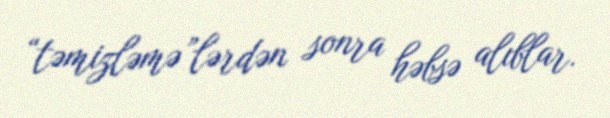
“təmizləmə”lərdən sonra həbsə alıblar.